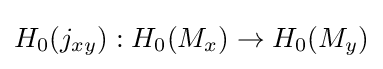
H_{0}(j_{xy}):H_{0}(M_{x})\rightarrow H_{0}(M_{y})